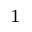
^ 1